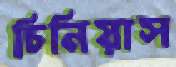
চিনিয়াস